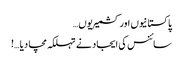
پاکستانیوں اور کشمیریوں…
سائنس کی ایجاد نے تہلکہ مچا دیا …!